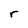
Character: r